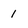
Character: 1